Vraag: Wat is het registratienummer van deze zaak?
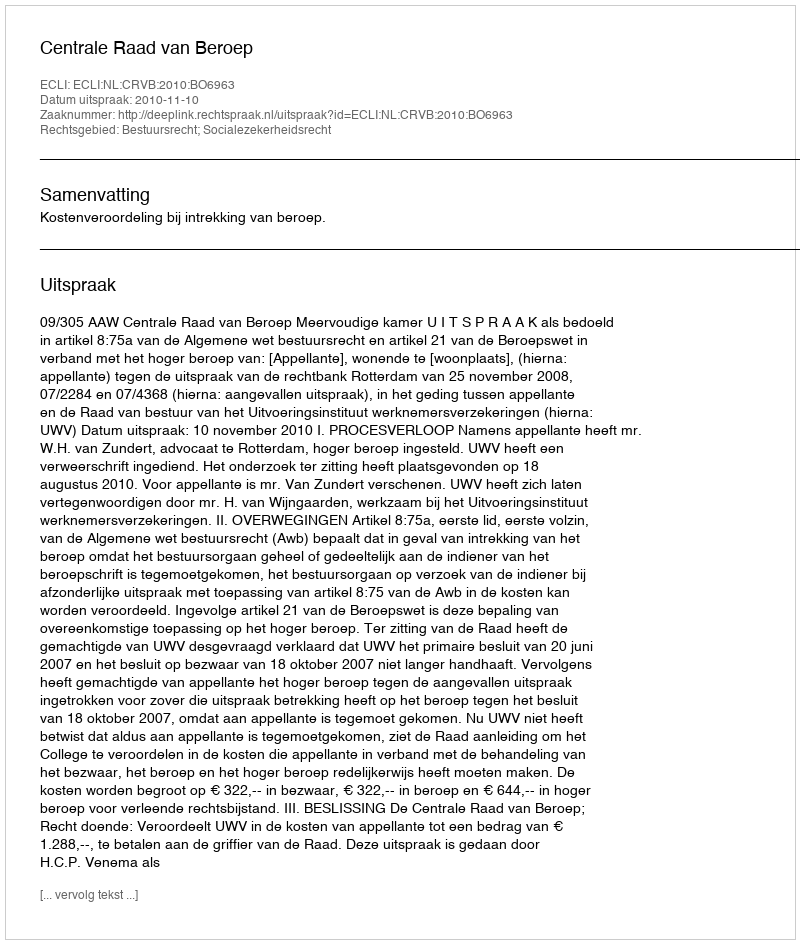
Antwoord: http://deeplink.rechtspraak.nl/uitspraak?id=ECLI:NL:CRVB:2010:BO6963